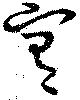
宥